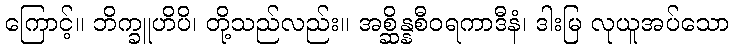
ကြောင့်။ ဘိက္ခူဟိပိ၊ တို့သည်လည်း။ အစ္ဆိန္နစီဝရကာဒီနံ၊ ဒါးမြ လုယူအပ်သော